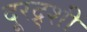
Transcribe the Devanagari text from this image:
दूरद्र्शी